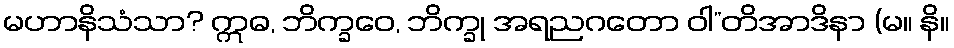
မဟာနိသံသာ? ဣဓ, ဘိက္ခဝေ, ဘိက္ခု အရညဂတော ဝါ”တိအာဒိနာ (မ။ နိ။